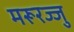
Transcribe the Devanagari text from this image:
मरूरज्जु